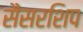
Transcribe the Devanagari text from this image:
सैंसरशिप